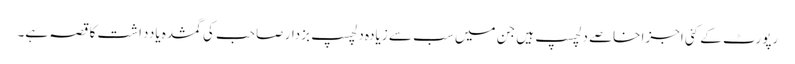
رپورٹ کے کئی اجزا خاصے دلچسپ ہیں جن میں سب سے زیادہ دلچسپ بزدار صاحب کی گمشدہ یادداشت کا قصہ ہے۔